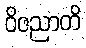
ဝိဇညာတိ